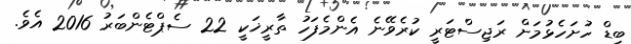
ބިޑް ހުށަހެޅުމަށް ރަޖިސްޓަރީ ކުރެވޭނެ އެންމެފަހު ތާރީޚަކީ 22 ސެޕްޓެންބަރު 2016 އެވެ.